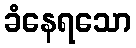
ခံနေရသော